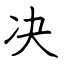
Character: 决